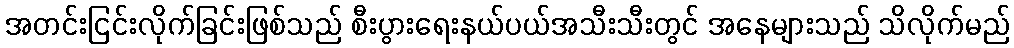
အတင်းငြင်းလိုက်ခြင်းဖြစ်သည် စီးပွားရေးနယ်ပယ်အသီးသီးတွင် အနေများသည် သိလိုက်မည်